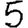
Digit: 5